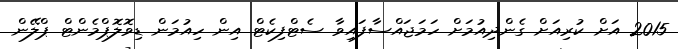
2015 އަށް ކުރިއަށް ގެންދިއުމަށް ހަމަޖައްސާފައިވާ ސެޓްފިކެޓް އިން ހިއުމަން ޑިވޮލޮޕްމެންޓް ޕްލޭން